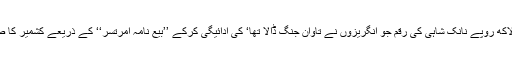
اس خدمت خاص کے عوض اور 75 لاکھ روپے نانک شاہی کی رقم جو انگریزوں نے تاوان جنگ ڈالا تھا‘ کی ادائیگی کرکے ’’بیع نامہ امرتسر‘‘ کے ذریعے کشمیر کا صوبہ راجہ گلاب سنگھ نے حاصل کیا۔